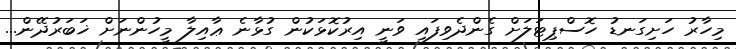
މިހާރު ހަށިގަނޑު ހޮސްޕިޓަލަށް ގެންދެވިފައި ވަނީ އިރުކޮޅަކުން ގުޅާނެ ޢާއިލާ މީހުންނަށް ޚަބަރުދޭން...